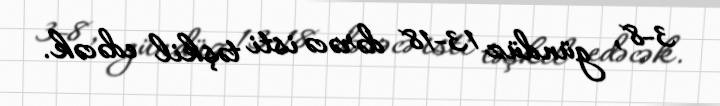
3-8, gündüz 13-18 dərəcə isti təşkil edəcək.